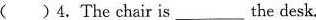
( )4. The chair is___the desk.